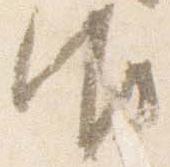
御